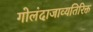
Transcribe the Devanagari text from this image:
गोलंदाजाव्यतिरिक्त